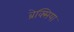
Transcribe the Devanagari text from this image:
ब्रेक्सिया